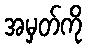
အမှတ်ကို